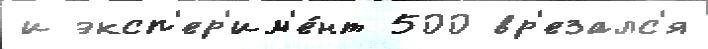
и эксп'ер'им'е́нт 500 вр'езалс'я